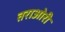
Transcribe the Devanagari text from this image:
तराओरी